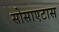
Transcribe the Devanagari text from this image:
सोसाएटास